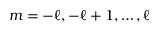
m = - \ell , - \ell + 1 , \dots , \ell